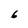
Character: 6